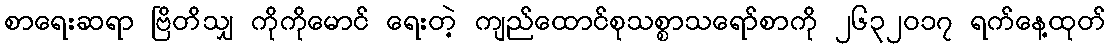
စာရေးဆရာ ဗြိတိသျှ ကိုကိုမောင် ရေးတဲ့ ကျည်ထောင်စုသစ္စာသရော်စာကို ၂၆၃၂ဝ၁၇ ရက်နေ့ထုတ်